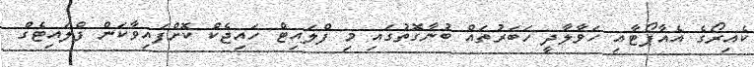
ކެއިރޯގެ އެއާޕޯޓާއި ހަވާލާދީ ހަބަރުތައް ބުނާގޮތުގައި މި ފްލައިޓް ހައިޖެކް ކޮށްފައިވާކަން ފްލައިޓެގް